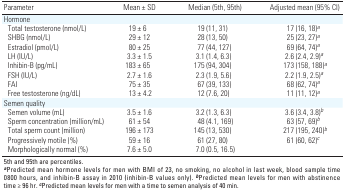
<table><thead><tr><td><b>Parameter</b></td><td><b>Mean ± SD</b></td><td><b>Median (5th, 95th)</b></td><td><b>Adjusted mean (95% CI)</b></td></tr></thead><tbody><tr><td>Hormone</td></tr><tr><td>Total testosterone (nmol/L)</td><td>19 ± 6</td><td>19 (11, 31)</td><td>17 (16, 18)a</td></tr><tr><td>SHBG (nmol/L)</td><td>29 ± 12</td><td>28 (13, 50)</td><td>25 (23, 27)a</td></tr><tr><td>Estradiol (pmol/L)</td><td>80 ± 25</td><td>77 (44, 127)</td><td>69 (64, 74)a</td></tr><tr><td>LH (IU/L)</td><td>3.3 ± 1.5</td><td>3.1 (1.4, 6.3)</td><td>2.6 (2.4, 2.9)a</td></tr><tr><td>Inhibin-B (pg/mL)</td><td>183 ± 65</td><td>175 (94, 304)</td><td>173 (158, 188)a</td></tr><tr><td>FSH (IU/L)</td><td>2.7 ± 1.6</td><td>2.3 (1.9, 5.6)</td><td>2.2 (1.9, 2.5)a</td></tr><tr><td>FAI</td><td>75 ± 35</td><td>67 (39, 133)</td><td>68 (62, 74)a</td></tr><tr><td>Free testosterone (ng/dL)</td><td>13 ± 4.2</td><td>12 (7.6, 20)</td><td>11 (11, 12)a</td></tr><tr><td>Semen quality</td></tr><tr><td>Semen volume (mL)</td><td>3.5 ± 1.6</td><td>3.2 (1.3, 6.3)</td><td>3.6 (3.4, 3.8)b</td></tr><tr><td>Sperm concentration (million/mL)</td><td>61 ± 54</td><td>48 (4.1, 169)</td><td>63 (57, 69)b</td></tr><tr><td>Total sperm count (million)</td><td>196 ± 173</td><td>145 (13, 530)</td><td>217 (195, 240)b</td></tr><tr><td>Progressively motile (%)</td><td>59 ± 16</td><td>61 (27, 80)</td><td>61 (60, 62)c</td></tr><tr><td>Morphologically normal (%)</td><td>7.6 ± 5.0</td><td>7.0 (0.5, 16.5)</td></tr><tr><td colspan="7">5th and 95th are percentiles. aPredicted mean hormone levelsfor men with BMI of 23, no smoking, no alcohol in last week, bloodsample time 0800 hours, and inhibin-B assay in 2010 (inhibin-B valuesonly). bPredicted mean levels for men with abstinence time ≥ 96 hr.cPredicted mean levels for men with a time to semen analysis of 40min.</td></tr></tbody></table>